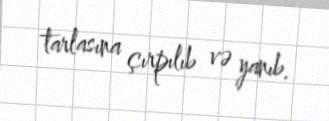
tarlasına çırpılıb və yanıb.